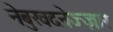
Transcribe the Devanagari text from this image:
नेबुखदनेज्ज़ार